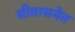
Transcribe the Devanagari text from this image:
सीतासमेत